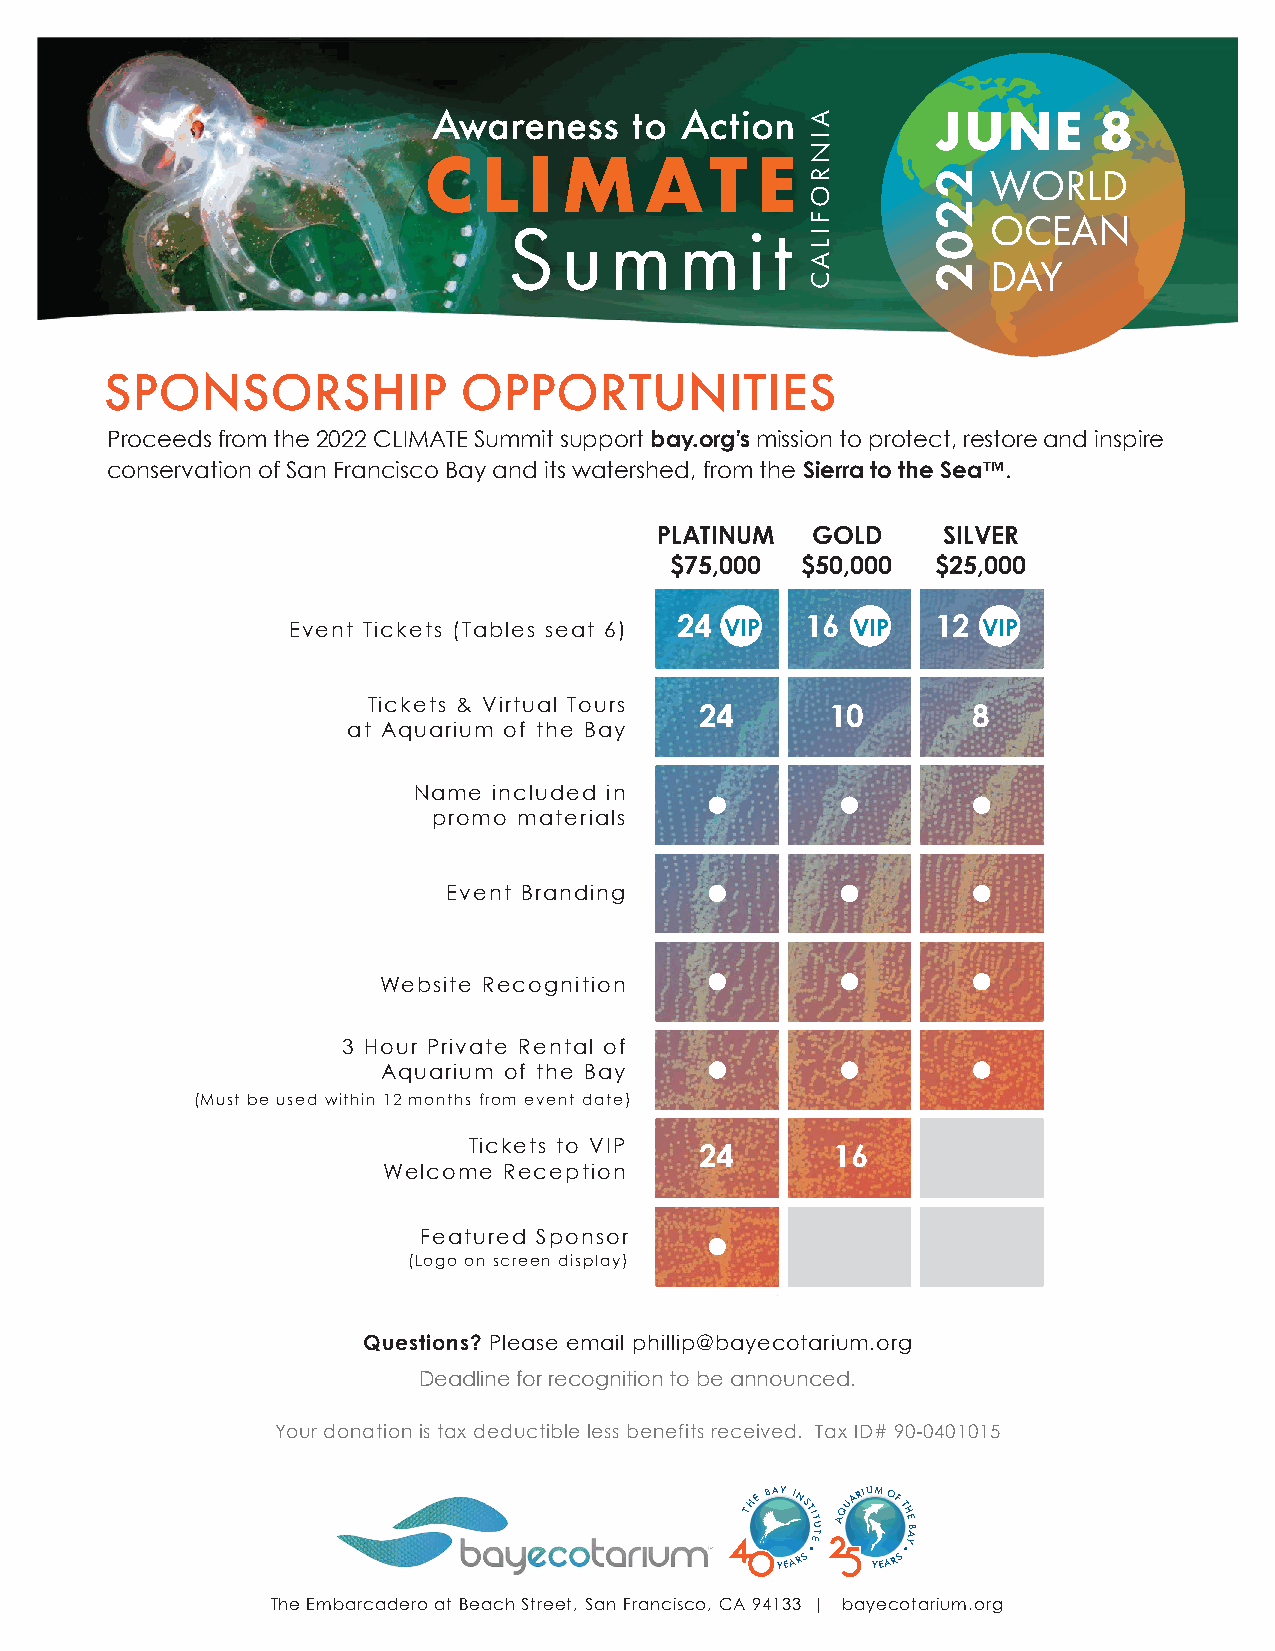
AwarSepenceiasl esv etnot bAenceftitiiongn JUNE 8
 AQUARIUM OF THE BAY
 C   L  I M     AT     E
 WORLD
 2021      June 8, 2021
 OCEAN
 S  u  m    m   i t
 DAY
 SPONSORSHIP            OPPORTUNITIES
 Proceeds from the 2022 CLIMATE Summit support bay.org’s mission to protect, restore and inspire
 conservation of San Francisco Bay and its watershed, from the Sierra to the Sea™.
 PLATINUM   GOLD    SILVER
 $75,000  $50,000  $25,000
 Event Tickets (Tables seat 6) 24 VIP 16 V I P 12 V I P
 Tickets & Virtual Tours
 24       10       8
 at Aquarium of the Bay
 Name  included in
 promo materials
 Event Branding
 Website Recognition
 3 Hour Private Rental of
 Aquarium of the Bay
 (Must be used within 12 months from event date)
 Tickets to VIP
 24       16
 Welcome Reception
 Featured Sponsor
 (Logo on screen display)
 Questions? Please email phillip@bayecotarium.org
 Deadline for recognition to be announced.
 Your donation is tax deductible less benefits received. Tax ID# 90-0401015
 THE BAY INSTIT
 EU T
 AQUARIUM OF
 T
 HE
 Y
 BA
 YEARS  YEARS
 The Embarcadero at Beach Street, San Francisco, CA 94133 | bayecotarium.org
 AINROFILAC
 2202